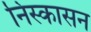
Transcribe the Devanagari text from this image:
निस्कासन